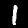
Label: 1